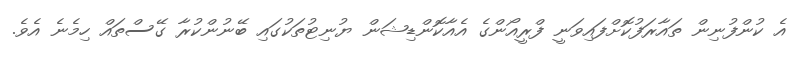
އެ ކުންފުނިން ތައާރަފުކޮށްފައިވަނީ ފްރީއޯންގެ އެއާކޮންޑިޝަން ޔުނިޓުތަކުގައި ބޭނުންކުރާ ގޭސްތައް ހިމެނެ އެވެ.